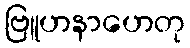
ဗြူဟနာဟေတု